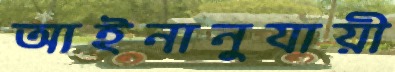
আইনানুযায়ী